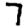
Digit: 7